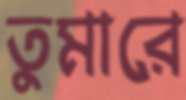
তুমারে